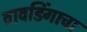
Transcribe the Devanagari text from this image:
वावडिंगाचा